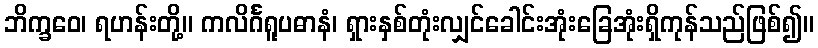
ဘိက္ခဝေ၊ ရဟန်းတို့။ ကလိင်္ဂရူပဓာနံ၊ ရှားနှစ်တုံးလျှင်ခေါင်းအုံးခြေအုံးရှိကုန်သည်ဖြစ်၍။